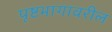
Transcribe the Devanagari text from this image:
पृष्टभागावरील